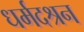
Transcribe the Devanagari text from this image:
धर्मदश्रन